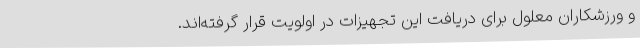
و ورزشکاران معلول برای دریافت این تجهیزات در اولویت قرار گرفته‌اند.